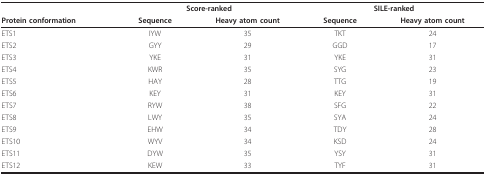
<table><thead><tr><td></td><td colspan="2"><b>Score-ranked</b></td><td colspan="2"><b>SILE-ranked</b></td></tr><tr><td><b>Protein conformation</b></td><td><b>Sequence</b></td><td><b>Heavy atom count</b></td><td><b>Sequence</b></td><td><b>Heavy atom count</b></td></tr></thead><tbody><tr><td>ETS1</td><td>IYW</td><td>35</td><td>TKT</td><td>24</td></tr><tr><td>ETS2</td><td>GYY</td><td>29</td><td>GGD</td><td>17</td></tr><tr><td>ETS3</td><td>YKE</td><td>31</td><td>YKE</td><td>31</td></tr><tr><td>ETS4</td><td>KWR</td><td>35</td><td>SYG</td><td>23</td></tr><tr><td>ETS5</td><td>HAY</td><td>28</td><td>TTG</td><td>19</td></tr><tr><td>ETS6</td><td>KEY</td><td>31</td><td>KEY</td><td>31</td></tr><tr><td>ETS7</td><td>RYW</td><td>38</td><td>SFG</td><td>22</td></tr><tr><td>ETS8</td><td>LWY</td><td>35</td><td>SYA</td><td>24</td></tr><tr><td>ETS9</td><td>EHW</td><td>34</td><td>TDY</td><td>28</td></tr><tr><td>ETS10</td><td>WYV</td><td>34</td><td>KSD</td><td>24</td></tr><tr><td>ETS11</td><td>DYW</td><td>35</td><td>YSY</td><td>31</td></tr><tr><td>ETS12</td><td>KEW</td><td>33</td><td>TYF</td><td>31</td></tr></tbody></table>